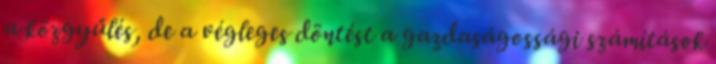
a közgyűlés, de a végleges döntést a gazdaságossági számítások